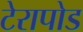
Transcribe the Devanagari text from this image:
टेरापोड